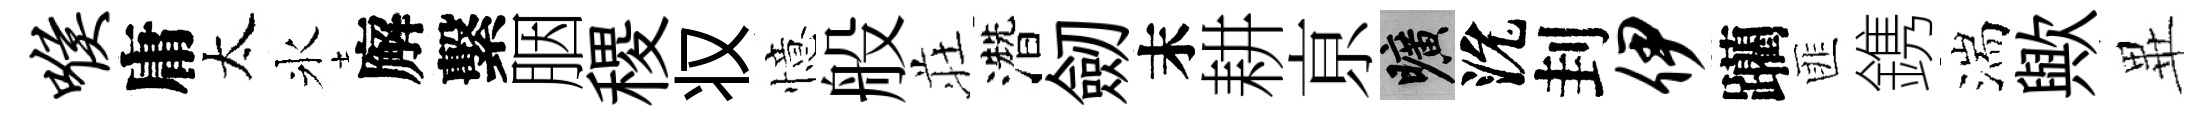
喉庸太氷廨繫胭稷𠬧憶般荘濳劒末耕亰曠沇刲伊躪匪鎸湍歟𭺾